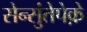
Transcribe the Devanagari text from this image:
सेन्सुंतेपेक़े